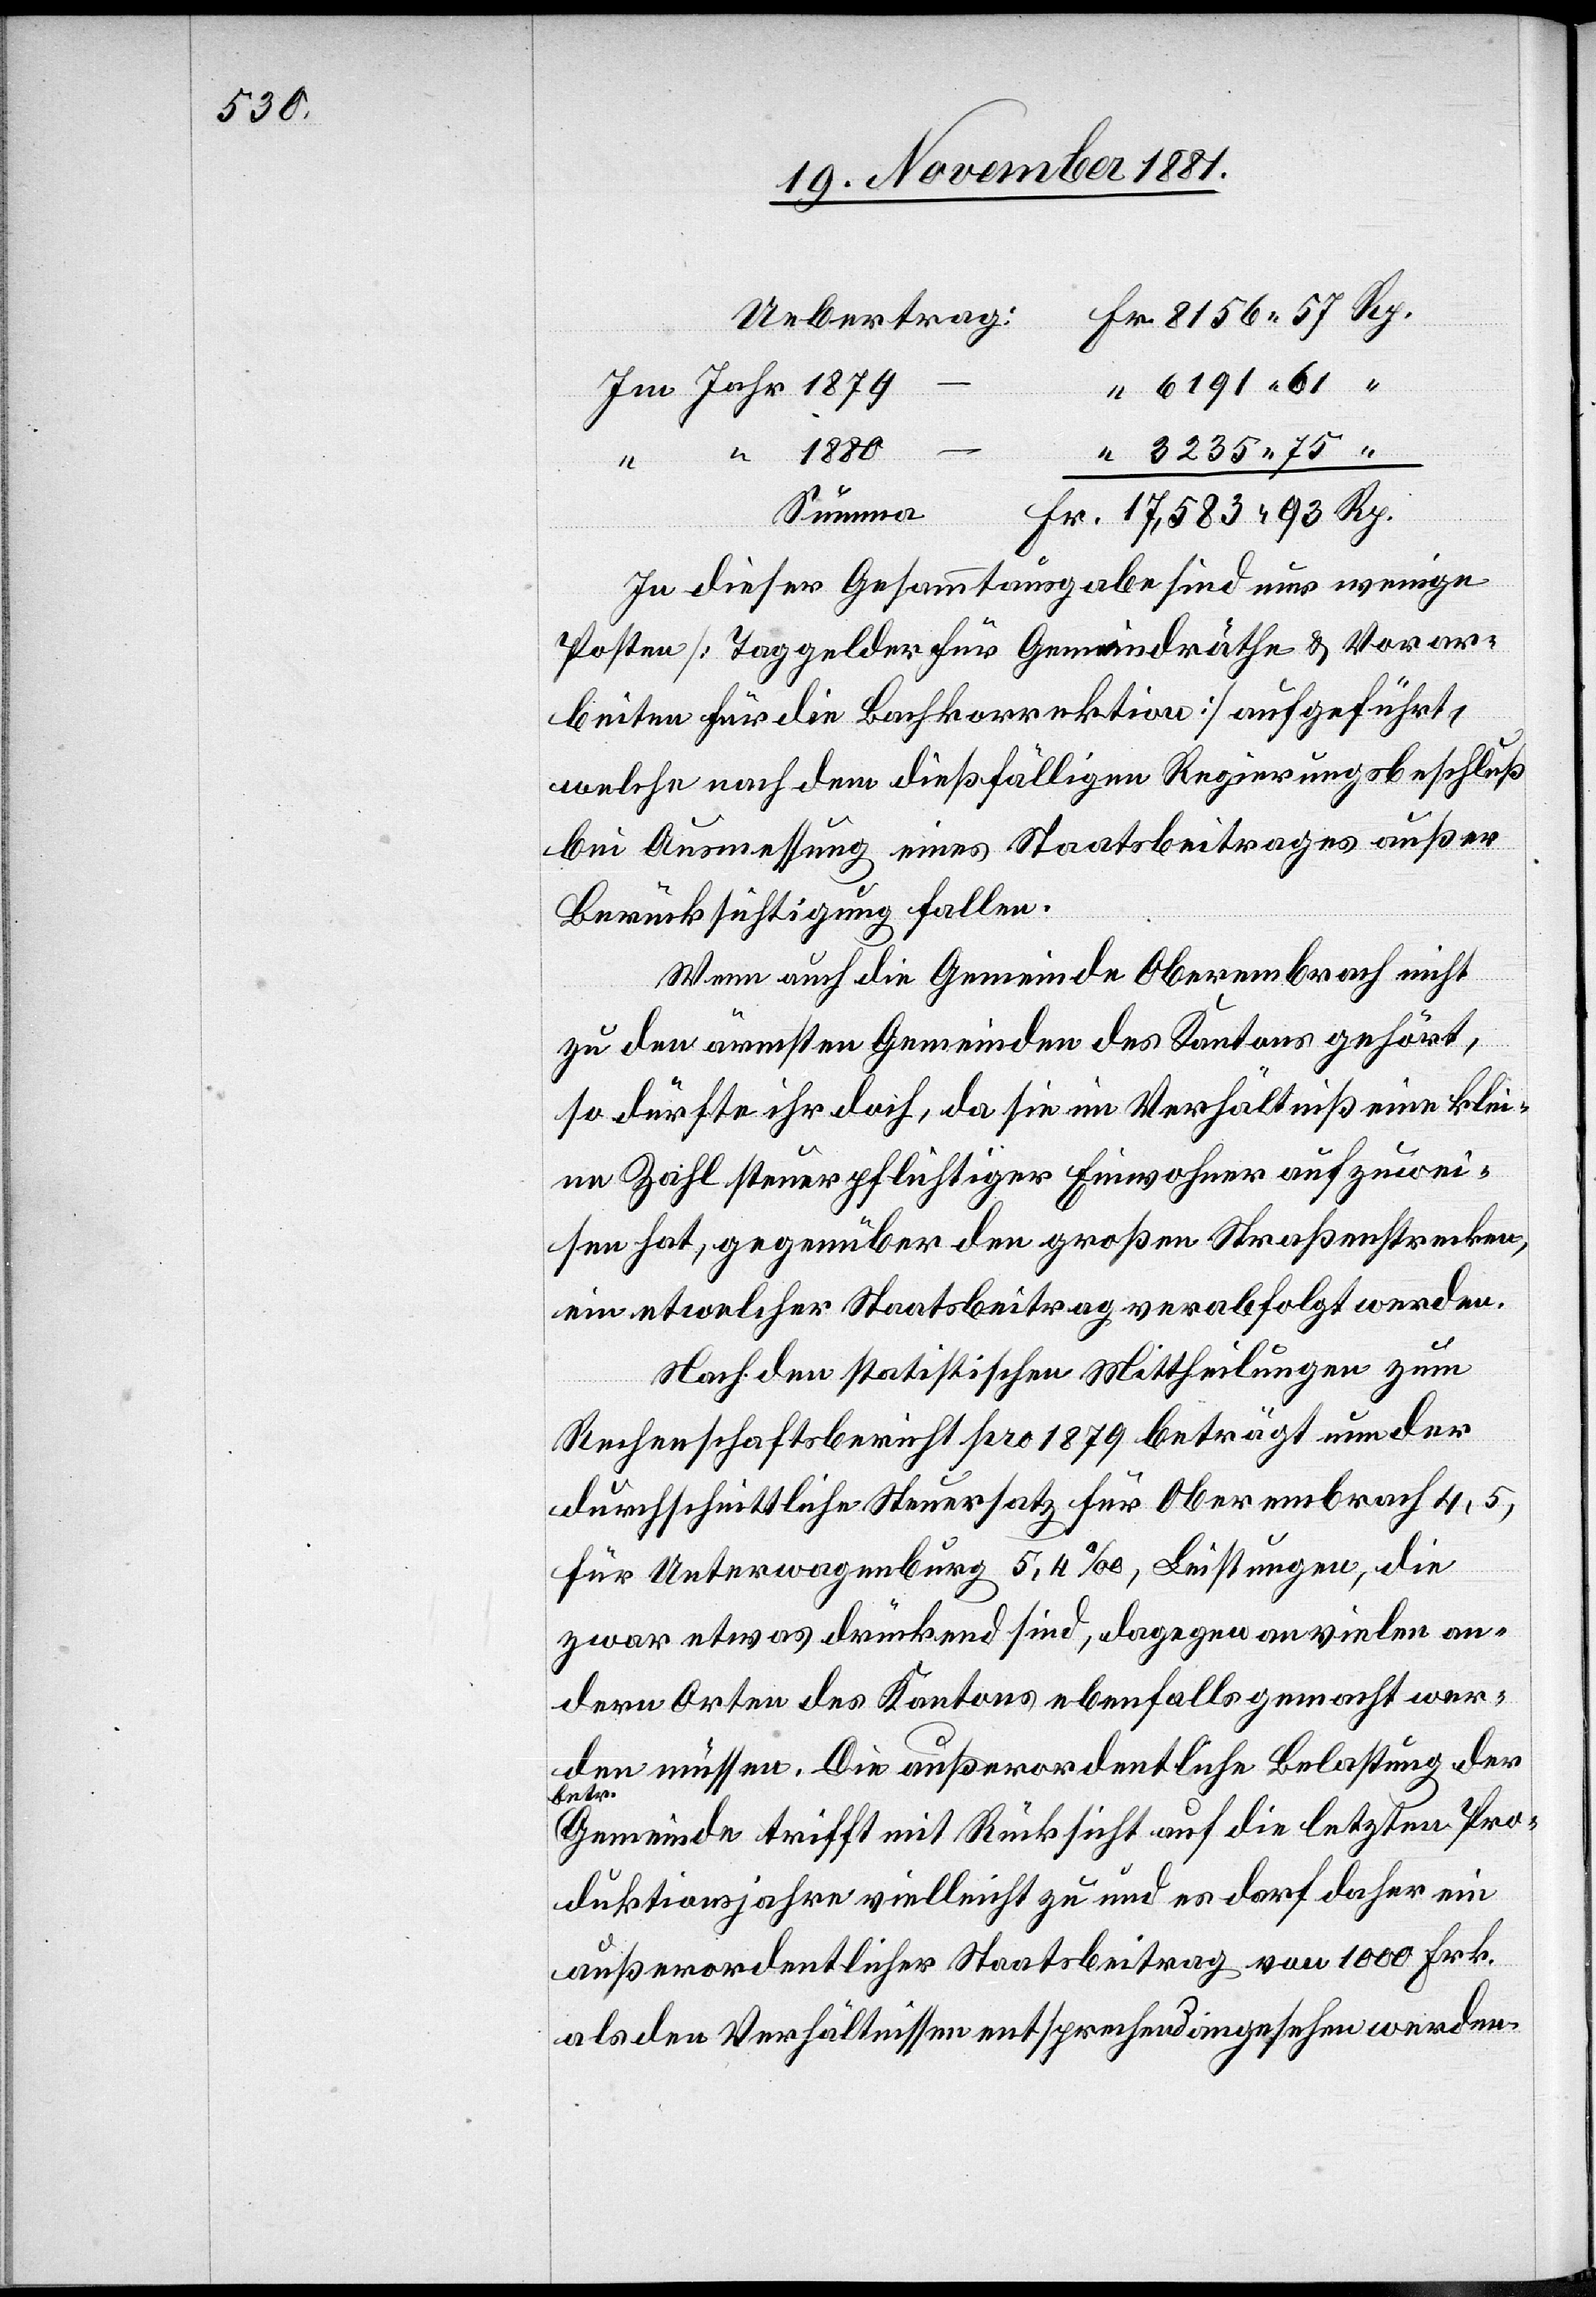
Uebertrag: Fr. 8156 57 Rp.
“ 6191 61 “
Im Jahr 1879
“ 3235 75 “
Fr. 17,583 93 Rp.
In dieser Gesammtausgabe sind nur wenige
Posten [Taggelder für Gemeindräthe & Vorar¬
beiten für die Laufkorrektion] aufgeführt,
welche nach dem dießfälligen Regierungsbeschluß
bei Ausmessung eines Staatsbeitrages außer
Berücksichtigung fallen.
Wenn auch die Gemeinde Oberembrach nicht
zu den ärmsten Gemeinden des Kantons gehört,
so dürfte ihr doch, da sie im Verhältniß eine klei¬
ne Zahl steuerpflichtiger Einwohner aufzuwei¬
sen hat, gegenüber den großen Straßenstrecken,
ein etwelcher Staatsbeitrag verabfolgt werden.
Nach den statistischen Mittheilungen zum
Rechenschaftsbericht pro 1879 beträgt nun der
durchschnittliche Steuersatz für Oberembrach 4,5,
für Unterwagenburg 5,4‰, Leistungen, die
zwar etwas drückend sind, dagegen an vielen an¬
dern Orten des Kantons ebenfalls gemacht wer¬
den müssen. Die außerordentliche Belastung der
betr.
Gemeinde trifft mit Rücksicht auf die letzten Pro¬
duktionsjahre vielleicht zu und es darf daher ein
außerordentlicher Staatsbeitrag von 1000 Frk.
als den Verhältnissen entsprechend angesehen werden.